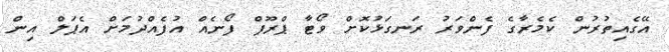
އޭގެއިތުރުން ކެމެރާގެ ފެންވަރު ރަނގަޅުކޮށް ވޯޓާ ޕްރޫފް ފޯނެއް އުފެއްދުމަށް އެޕަލް އިން